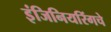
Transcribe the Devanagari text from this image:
इंजिनियरिंगचे